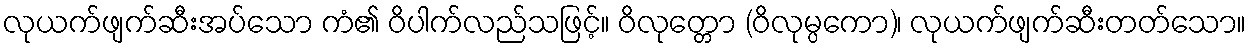
လုယက်ဖျက်ဆီးအပ်သော ကံ၏ ဝိပါက်လည်သဖြင့်။ ဝိလုတ္တော (ဝိလုမ္ပကော)၊ လုယက်ဖျက်ဆီးတတ်သော။